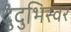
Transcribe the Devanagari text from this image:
दुंदुभिस्वर